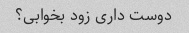
دوست داری زود بخوابی؟